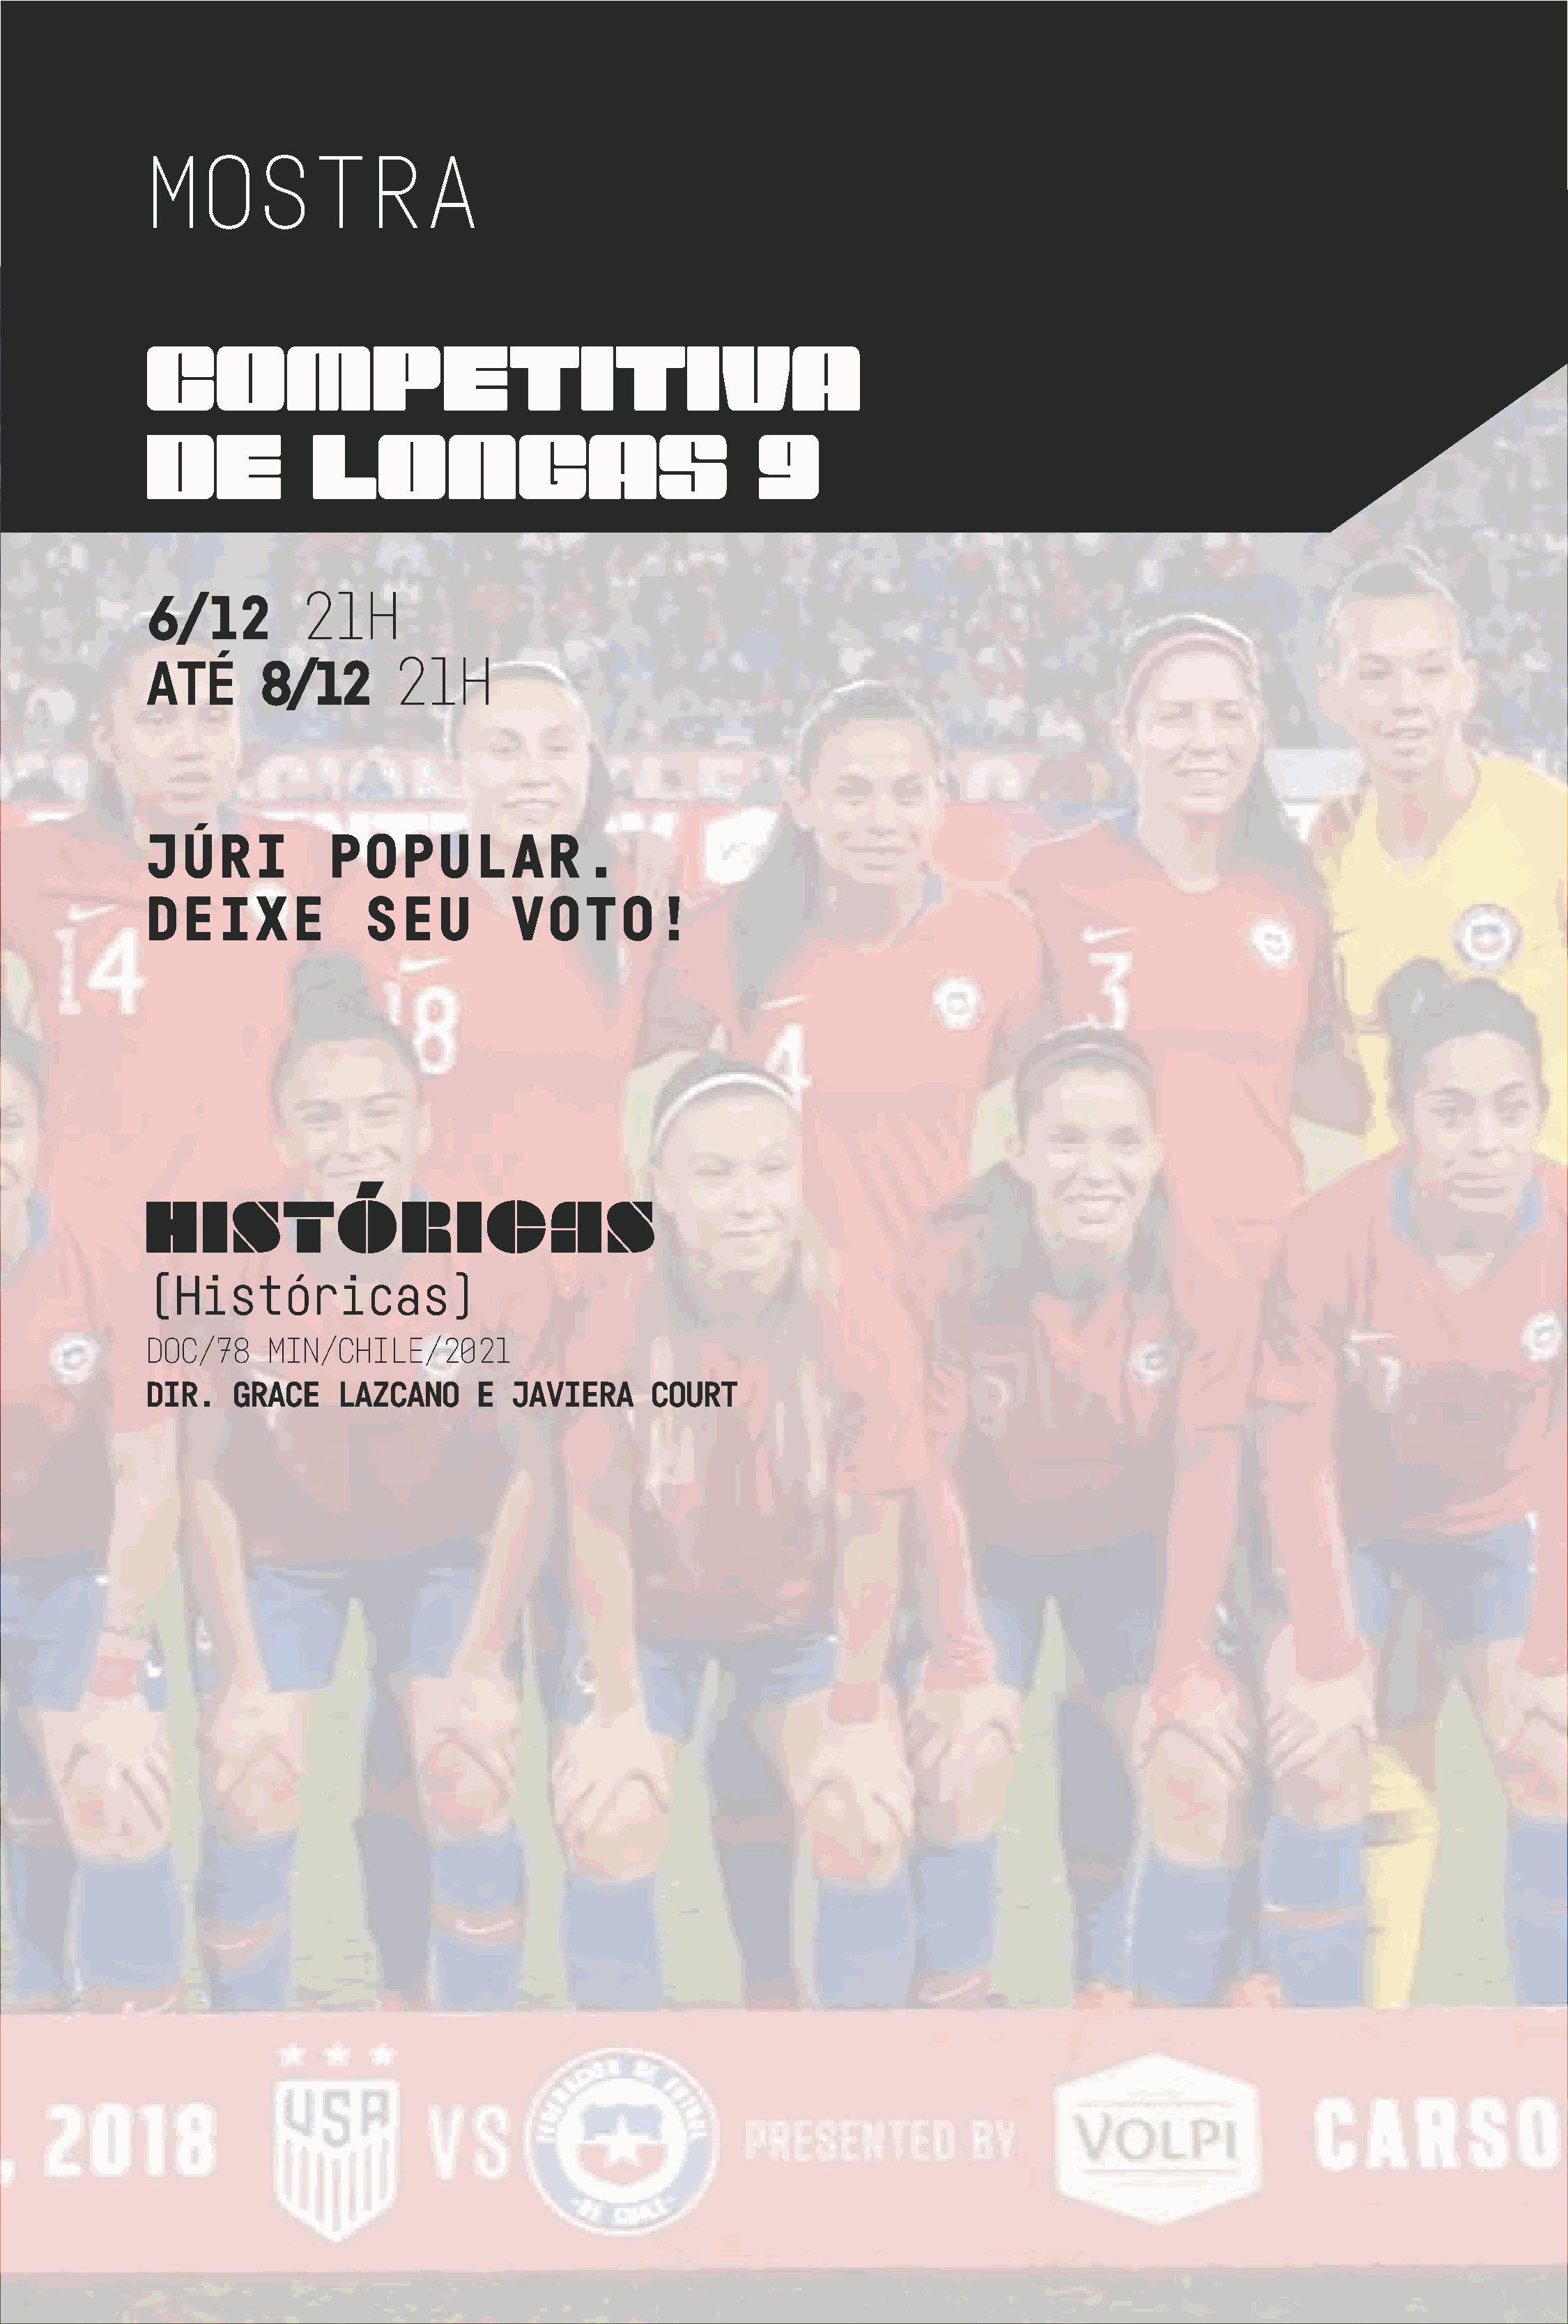
MOSTRA
 COMPETITIVA
 DE              LONGAS                                    9
 21H
 6/12
 21H
 ATÉ        8/12
 JÚRI             POPULAR.
 DEIXE                SEU           VOTO!
 HISTÓRICAS
 (Históricas)
 DOC/78     MIN/CHILE/2021
 DIR.    GRACE     LAZCANO      E   JAVIERA      COURT